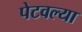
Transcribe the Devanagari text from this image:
पेटवल्या